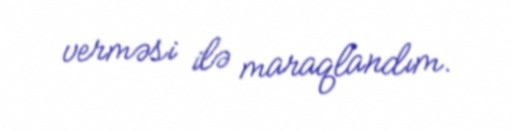
verməsi ilə maraqlandım.